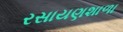
રસાયણશાળા